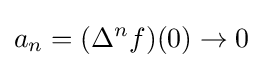
a_{n}=(\Delta ^{n}f)(0)\to 0